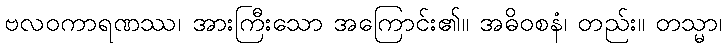
ဗလဝကာရဏဿ၊ အားကြီးသော အကြောင်း၏။ အဓိဝစနံ၊ တည်း။ တသ္မာ၊